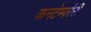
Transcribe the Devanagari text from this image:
कनटेम्परेरी